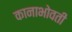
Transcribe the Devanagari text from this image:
कानाभोवती